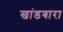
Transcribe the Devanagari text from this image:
खांडबारा